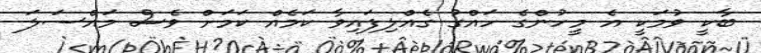
ބާކީ ވުމަކީ އެ މީހުންގެ ހައްގު ގެއްލިފައިވާ ކަމެއް ކަމަށް ވެސް މައްސަލަ